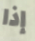
إذا